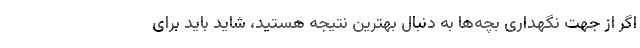
اگر از جهت نگهداری بچه‌ها به دنبال بهترین نتیجه هستید، شاید باید برای